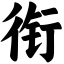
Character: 衔